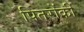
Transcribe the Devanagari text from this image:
पितरोंकी